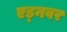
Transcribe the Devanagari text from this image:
एड्नवर